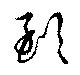
郅